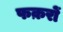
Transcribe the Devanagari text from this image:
फक़रों